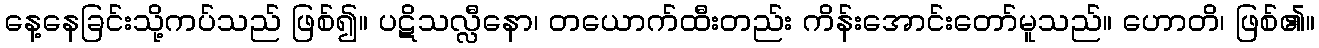
နေ့နေခြင်းသို့ကပ်သည် ဖြစ်၍။ ပဋိသလ္လီနော၊ တယောက်ထီးတည်း ကိန်းအောင်းတော်မူသည်။ ဟောတိ၊ ဖြစ်၏။